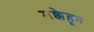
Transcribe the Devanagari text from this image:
मक्केहून